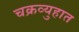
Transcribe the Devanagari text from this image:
चक्रव्युहात